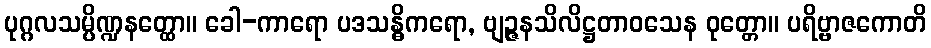
ပုဂ္ဂလသမ္ပိဏ္ဍနတ္ထော။ ခေါ-ကာရော ပဒသန္ဓိကရော, ဗျဉ္ဇနသိလိဋ္ဌတာဝသေန ဝုတ္တော။ ပရိဗ္ဗာဇကောတိ